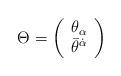
LaTeX: \begin{align*}\Theta=\left(\begin{array}{c} {\theta}_{\alpha}\\{\bar\theta}^{\dot\alpha}\end{array} \right)\end{align*}